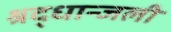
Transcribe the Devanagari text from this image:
श्रद्धान्जली